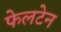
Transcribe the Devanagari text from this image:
फेलटेन